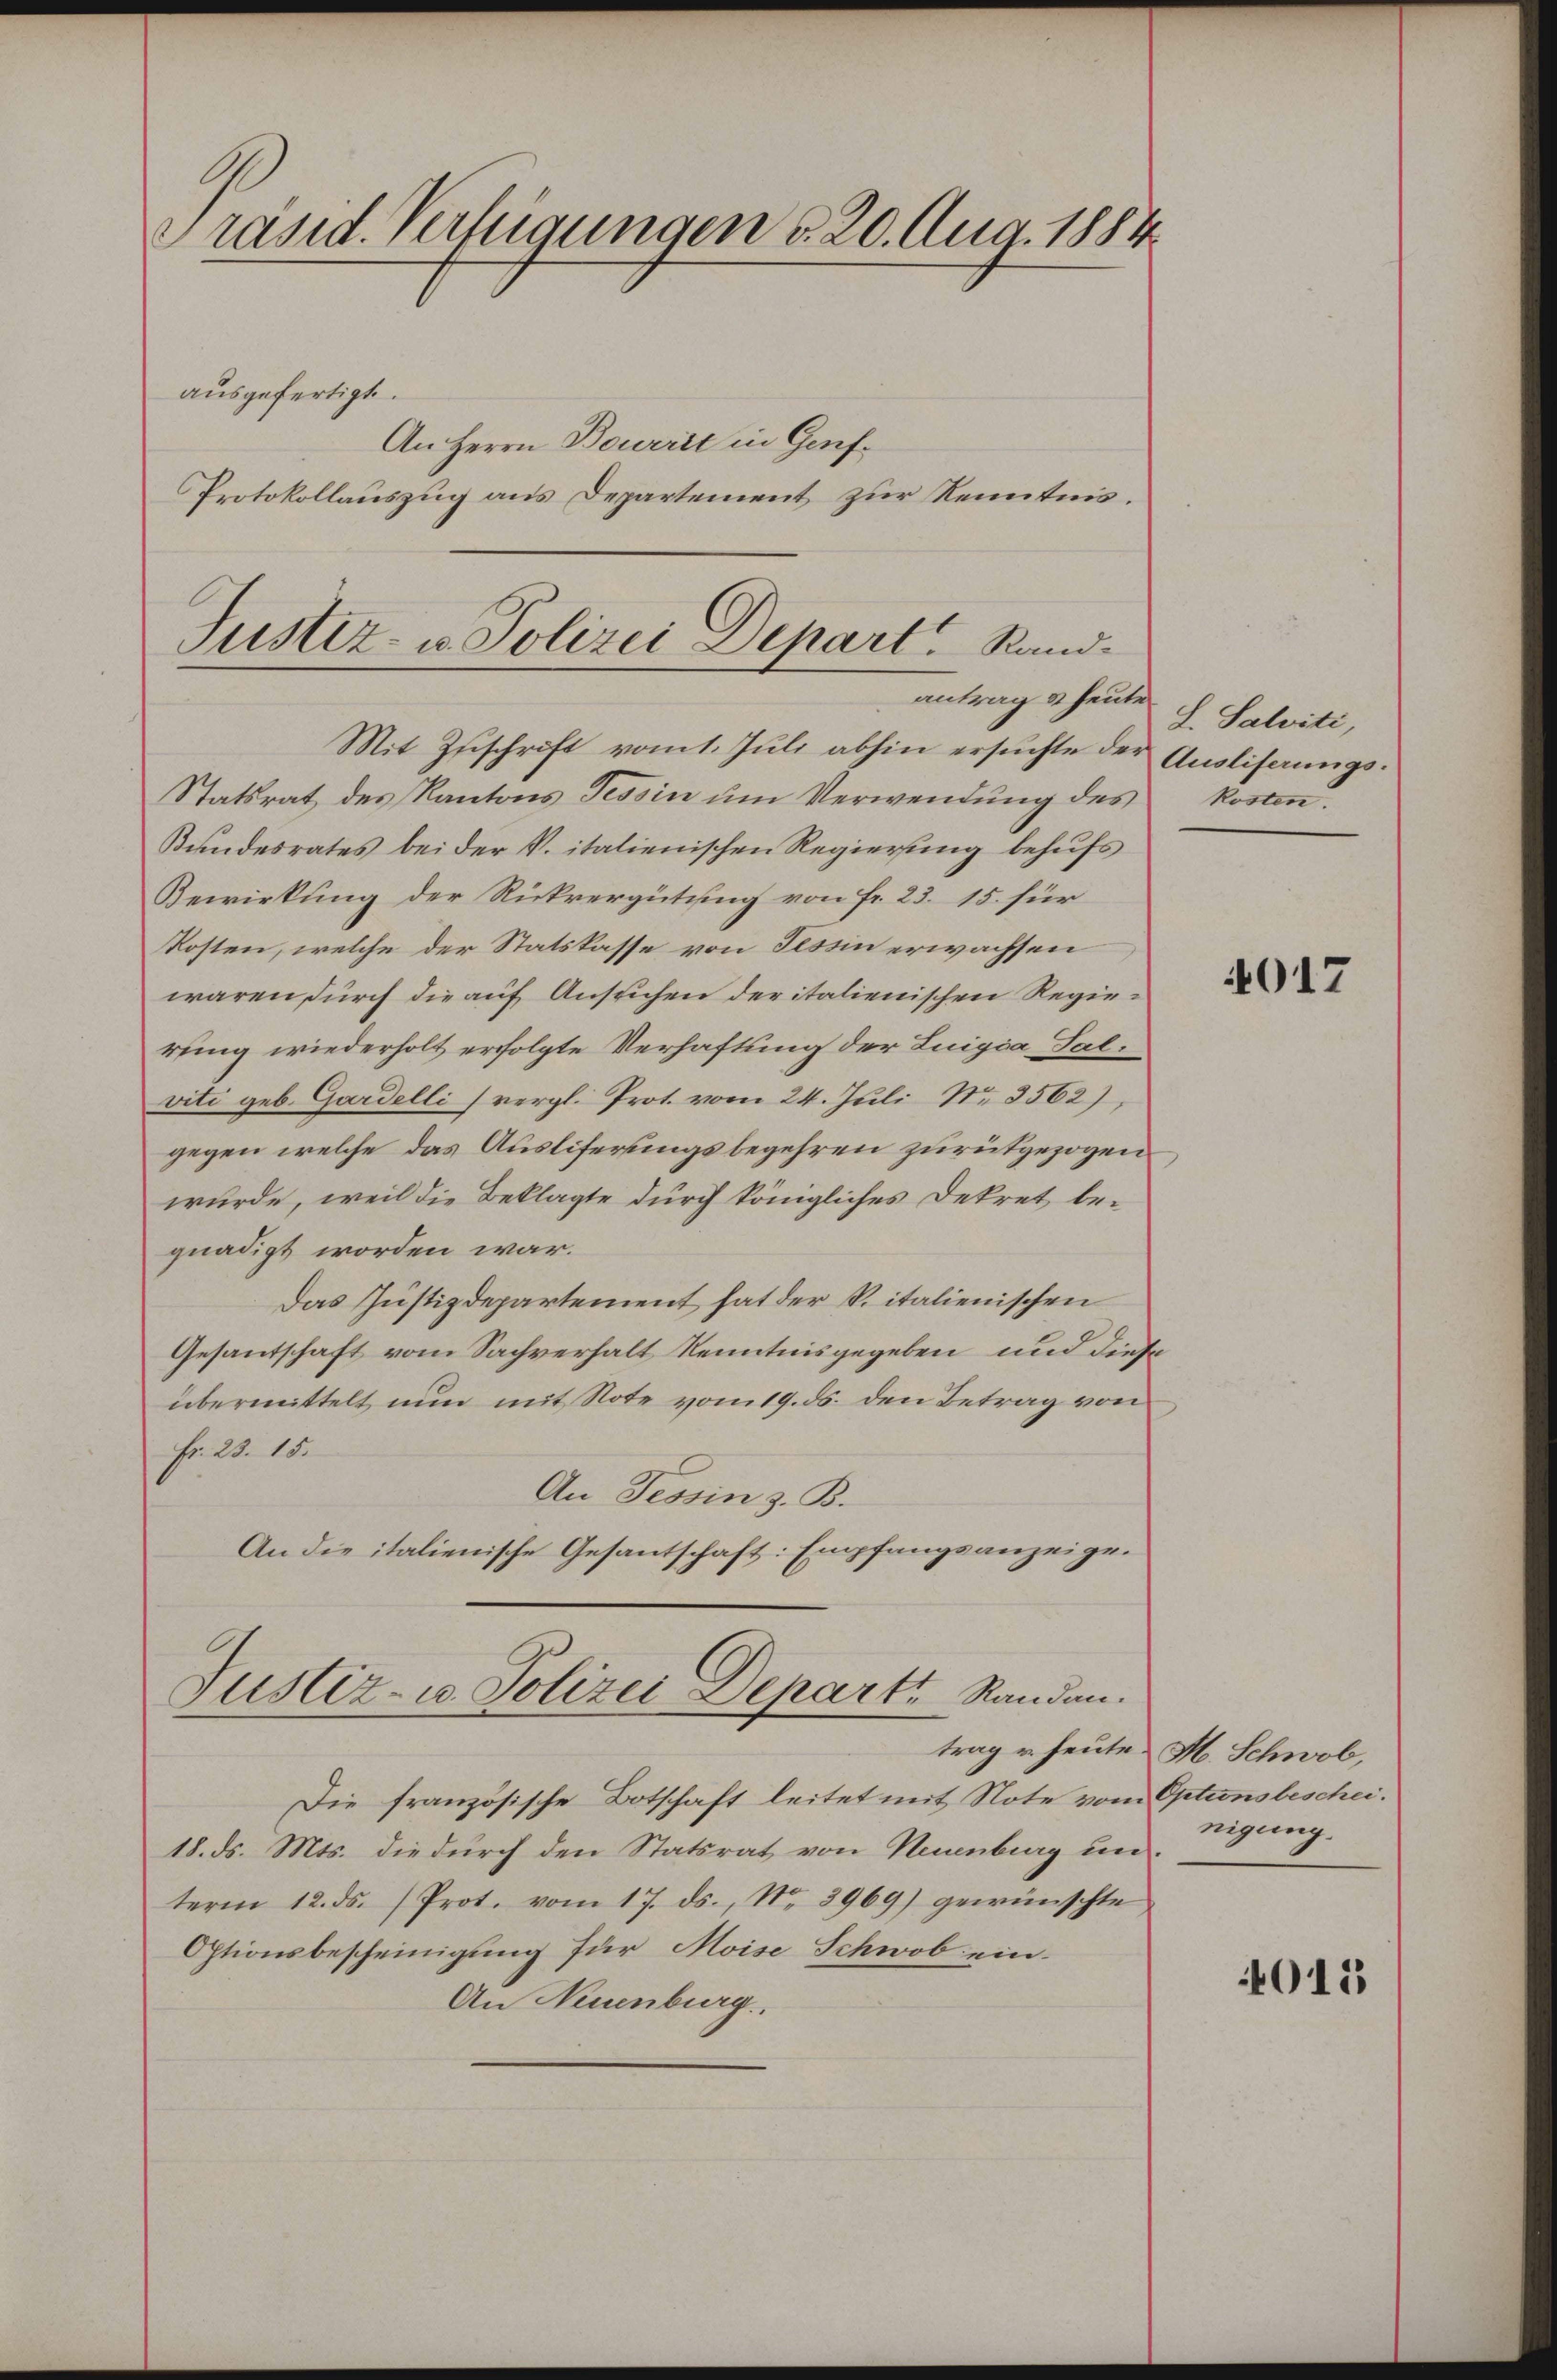
Präsid. Verfügungen d. 20. Aug. 1884.

ausgefertigt.
An Herrn Bourirt in Genf¬
Protokollauszug aus Departement zur Kenntnis.

Justiz- u. Polizei Depart. Randantrag & heute

Mit Zuschrift vom 1. Juli abhin ersuchte der Ausliserungs¬
Statsrat des Kantons Tessin ŭm Verwendŭng des Kosten.
Bundesrates bei der V. italienischen Regierung behufs
Bewirkung der Rückvergütung von fr. 23. 15. für
Kosten, welche der Statskasse von Tessin erwachsen
waren durch die auf Ansuchen der italienischen Regierung wiederholt erfolgte Verhaftung der Luigia Salviti geb. Gardelli (vergl. Prot. vom 24. Juli Nr. 3562),
gegen welche das Ausliferungsbegehren zurükgezogen
wurde, weil die Beklagte durch königliches Dekret begnädigt worden war.
Das Justizdepartement hat der Spitalienischen
Gesantschaft vom Sachverhalt Kenntnisgegeben und diese
übermittelt nun mit Note vom 19. ds. den Betrag von
Fr. 23. 15.
An Tessin z. B.
An die italienische Gesantschaft: Empfangsanzeige¬
Justiz- u. Polizei Departe Randen.
Die französische Botschaft leitet mit Note vom Optionsbeschei¬
18. ds. Mts. die durch den Statsrat von Neuenburg un
term 12. ds. (Prot. vom 17. ds., Nr. 3969) gewünschte
Optionsbescheinigung für Moise Schwob ein-
An Neuenburg.

L. Salviti,

4017

trag u. heute M. Schwab,
nigung.

4015